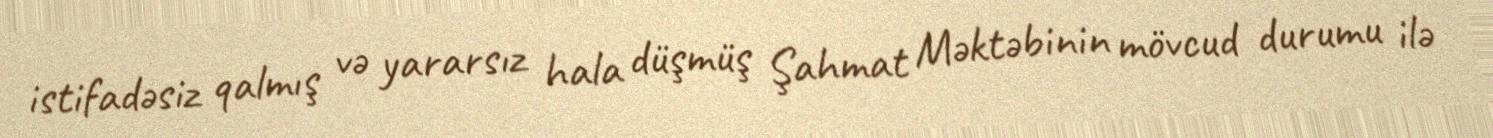
istifadəsiz qalmış və yararsız hala düşmüş Şahmat Məktəbinin mövcud durumu ilə